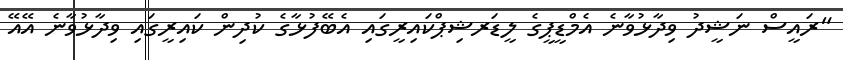
"ރައީސް ނަޝީދު ވިދާޅުވާނެ އެމްޑީޕީގެ ލީޑަރޝިޕްކައިރީގައި އެބޭފުޅާގެ ކުދިން ކައިރީގައި ވިދާޅުވާނެ އޭއޭ